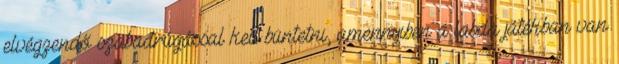
elvégzendő szabadrúgással kell büntetni, amennyiben a labda játékban van